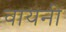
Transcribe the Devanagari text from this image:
वायनी